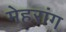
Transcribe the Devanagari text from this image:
मेहरांग